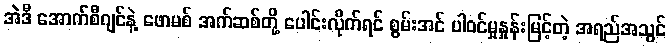
အဲဒီ အောက်စီဂျင်နဲ့ ဖောမစ် အက်ဆစ်တို့ ပေါင်းလိုက်ရင် စွမ်းအင် ပါဝင်မှုနှုန်းမြင့်တဲ့ အရည်အသွင်